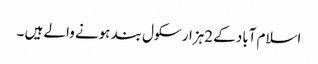
اسلام آباد کے 2ہزار سکول بند ہونے والے ہیں ۔